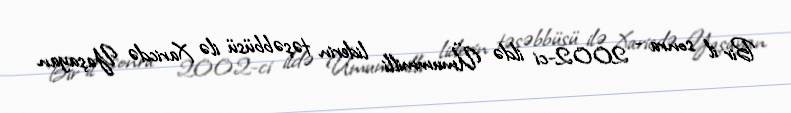
Bir il sonra - 2002-ci ildə Ümummilli liderin təşəbbüsü ilə Xaricdə Yaşayan